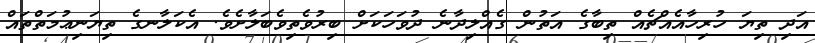
އަދި ތިޔަ ހުރިހާއެއްޗެއް ތިބާގެ އަތުން ގެއްލިދާނެ ދުވަހަކަށް ބިރުވެތިވެބަލާށެވެ. އެކަލާނގެ ތިޔަނިޢުމަތްތައް